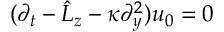
( \partial _ { t } - \hat { L } _ { z } - \kappa \partial _ { y } ^ { 2 } ) u _ { 0 } = 0